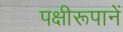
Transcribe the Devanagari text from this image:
पक्षीरूपानें